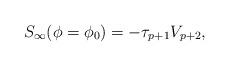
LaTeX: \begin{align*}S_{\infty}(\phi=\phi_0)=-\tau_{p+1}V_{p+2},\end{align*}